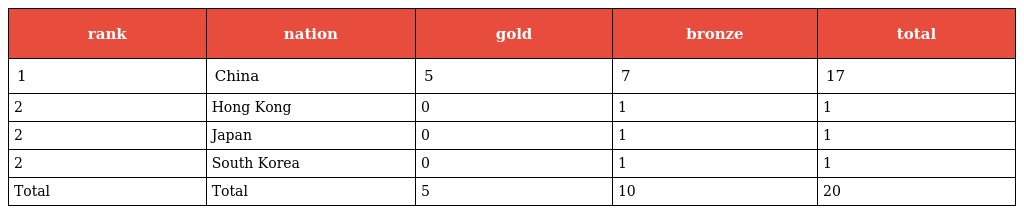
| rank | nation | gold | bronze | total |
 | --- | --- | --- | --- | --- |
 | 1 | China | 5 | 7 | 17 |
 | 2 | Hong Kong | 0 | 1 | 1 |
 | 2 | Japan | 0 | 1 | 1 |
 | 2 | South Korea | 0 | 1 | 1 |
 | Total | Total | 5 | 10 | 20 |